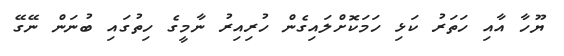
ޔޫހާ އާއި ހަތަރު ކަޅި ހަމަކޮށްލައިގެން ހުރިއިރު ނާމީގެ ހިތުގައި ބުނަން ނޭގޭ